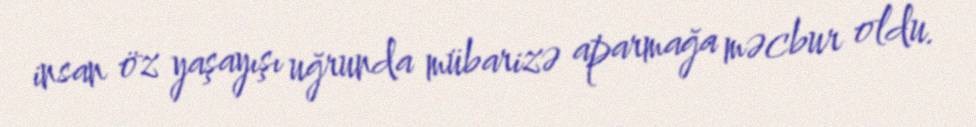
insan öz yaşayışı uğrunda mübarizə aparmağa məcbur oldu.